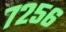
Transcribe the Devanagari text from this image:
७२५६